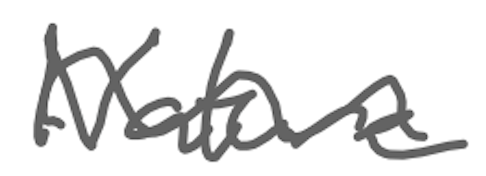
Text: Nature
Cross-out: wave
Writing tool: digital_gray